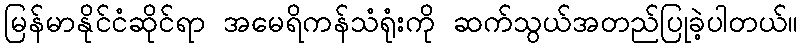
မြန်မာနိုင်ငံဆိုင်ရာ အမေရိကန်သံရုံးကို ဆက်သွယ်အတည်ပြုခဲ့ပါတယ်။